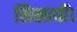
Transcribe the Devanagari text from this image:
सिखायीं।